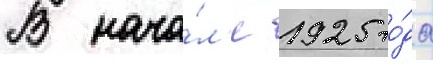
В нача́л'е 1925 го́да